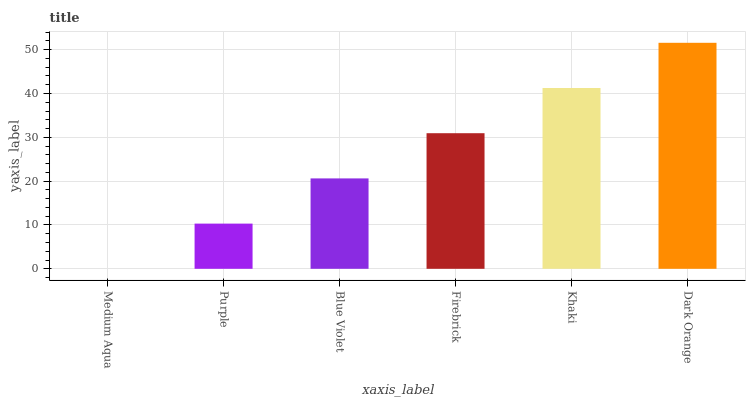
| xaxis_label | bars |
 | --- | --- |
 | Medium Aqua | 0 |
 | Purple | 10.3 |
 | Blue Violet | 20.6 |
 | Firebrick | 30.9 |
 | Khaki | 41.3 |
 | Dark Orange | 51.6 |